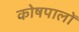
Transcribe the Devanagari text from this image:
कोषपालों